Indian journal of veterinary science and animal husbandry - Volume 8,
Year: 1938
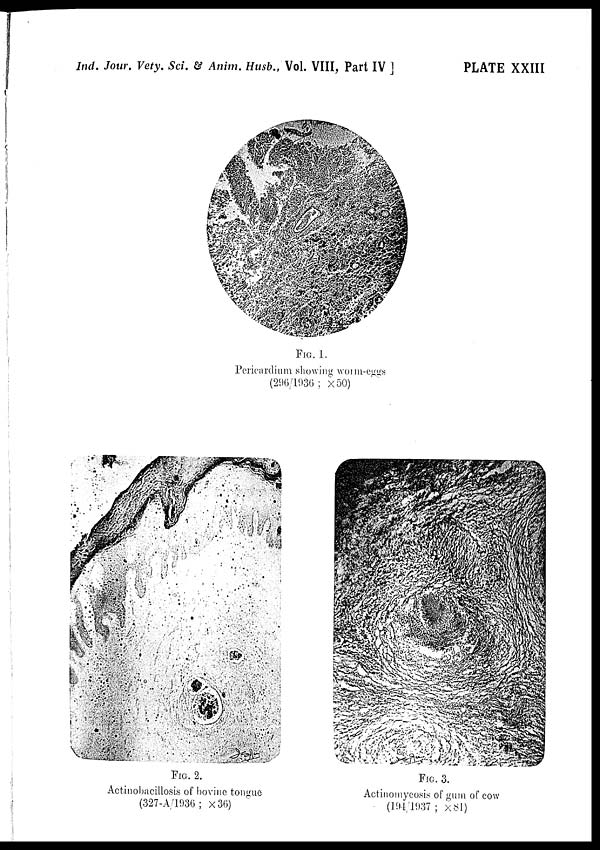
Ind. Jour. Vety. Sci. & Anim. Husb., Vol. VIII, Part IV ]
PLATE XXIII
FIG. 1.
Pericardium showing worm-eggs
(296/1936 ; × 50)
FIG. 2.
Actinobacillosis of bovine tongue
(327-A/1936; × 36)
FIG. 3.
Actinomycosis of gum of cow
(191/1937; × 81)